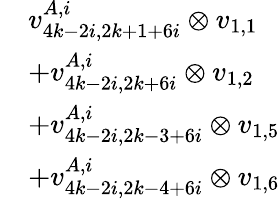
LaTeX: \begin{array}{rl}&{v_{4k-2i,2k+1+6i}^{A,i}\otimes v_{1,1}}\\ &{+v_{4k-2i,2k+6i}^{A,i}\otimes v_{1,2}}\\ &{+v_{4k-2i,2k-3+6i}^{A,i}\otimes v_{1,5}}\\ &{+v_{4k-2i,2k-4+6i}^{A,i}\otimes v_{1,6}}\end{array}